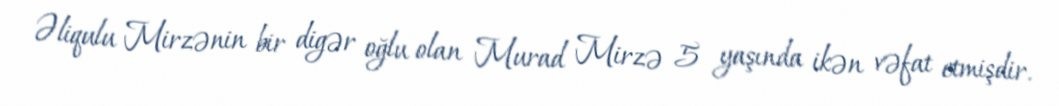
Əliqulu Mirzənin bir digər oğlu olan Murad Mirzə 5 yaşında ikən vəfat etmişdir.